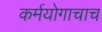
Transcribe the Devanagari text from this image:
कर्मयोगाचाच